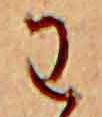
わ